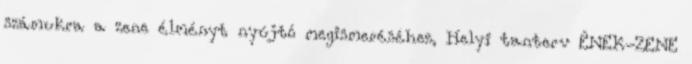
számukra a zene élményt nyújtó megismeréséhez, Helyi tanterv ÉNEK-ZENE